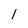
Character: 1